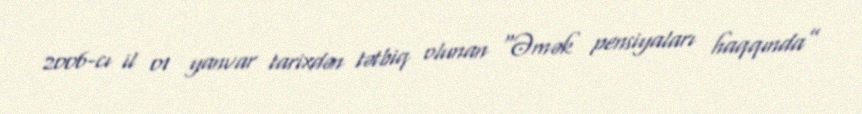
2006-cı il 01 yanvar tarixdən tətbiq olunan “Əmək pensiyaları haqqında”